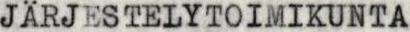
JÄRJESTELYTOIMIKUNTA